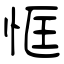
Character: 恇